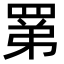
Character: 罤